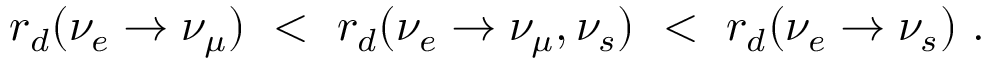
r _ { d } ( \nu _ { e } \rightarrow \nu _ { \mu } ) ~ < ~ r _ { d } ( \nu _ { e } \rightarrow \nu _ { \mu } , \nu _ { s } ) ~ < ~ r _ { d } ( \nu _ { e } \rightarrow \nu _ { s } ) ~ .